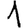
Digit: 1